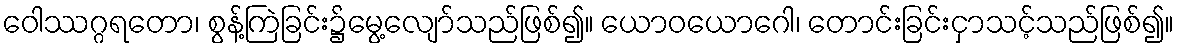
ဝေါဿဂ္ဂရတော၊ စွန့်ကြဲခြင်း၌မွေ့လျော်သည်ဖြစ်၍။ ယောဝယောဂေါ၊ တောင်းခြင်းငှာသင့်သည်ဖြစ်၍။